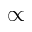
\propto